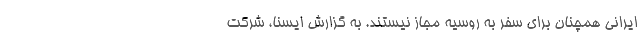
ایرانی همچنان برای سفر به روسیه مجاز نیستند. به گزارش ایسنا، شرکت